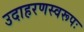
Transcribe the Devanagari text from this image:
उदाहरणस्वरूपः